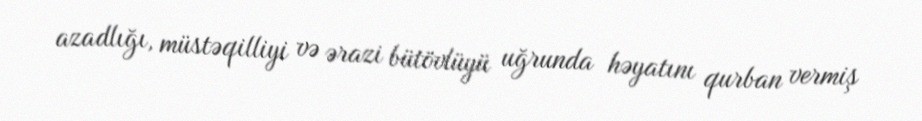
azadlığı, müstəqilliyi və ərazi bütövlüyü uğrunda həyatını qurban vermiş